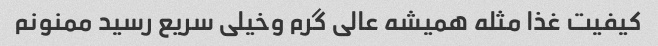
کیفیت غذا مثله همیشه عالی گرم وخیلی سریع رسید ممنونم